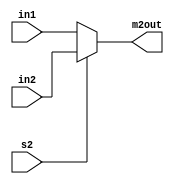
`timescale 1ns / 1ps
module MUX_2(in1, in2, s2, m2out);
input [2:0] in1, in2; 
input s2; 
output reg [2:0] m2out; 
always @ (in1, in2, s2)
begin
	case(s2)
		1'b1: m2out = in2; 
		default m2out = in1;
	endcase
end
endmodule